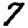
Digit: 7